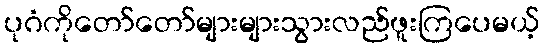
ပုဂံကိုတော်တော်များများသွားလည်ဖူးကြပေမယ့်